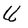
Character: U